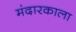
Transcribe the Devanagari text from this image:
मंदारकाला